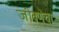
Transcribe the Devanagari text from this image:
जीवणेचा